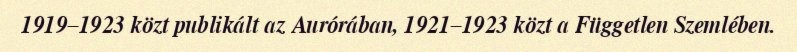
1919–1923 közt publikált az Aurórában, 1921–1923 közt a Független Szemlében.